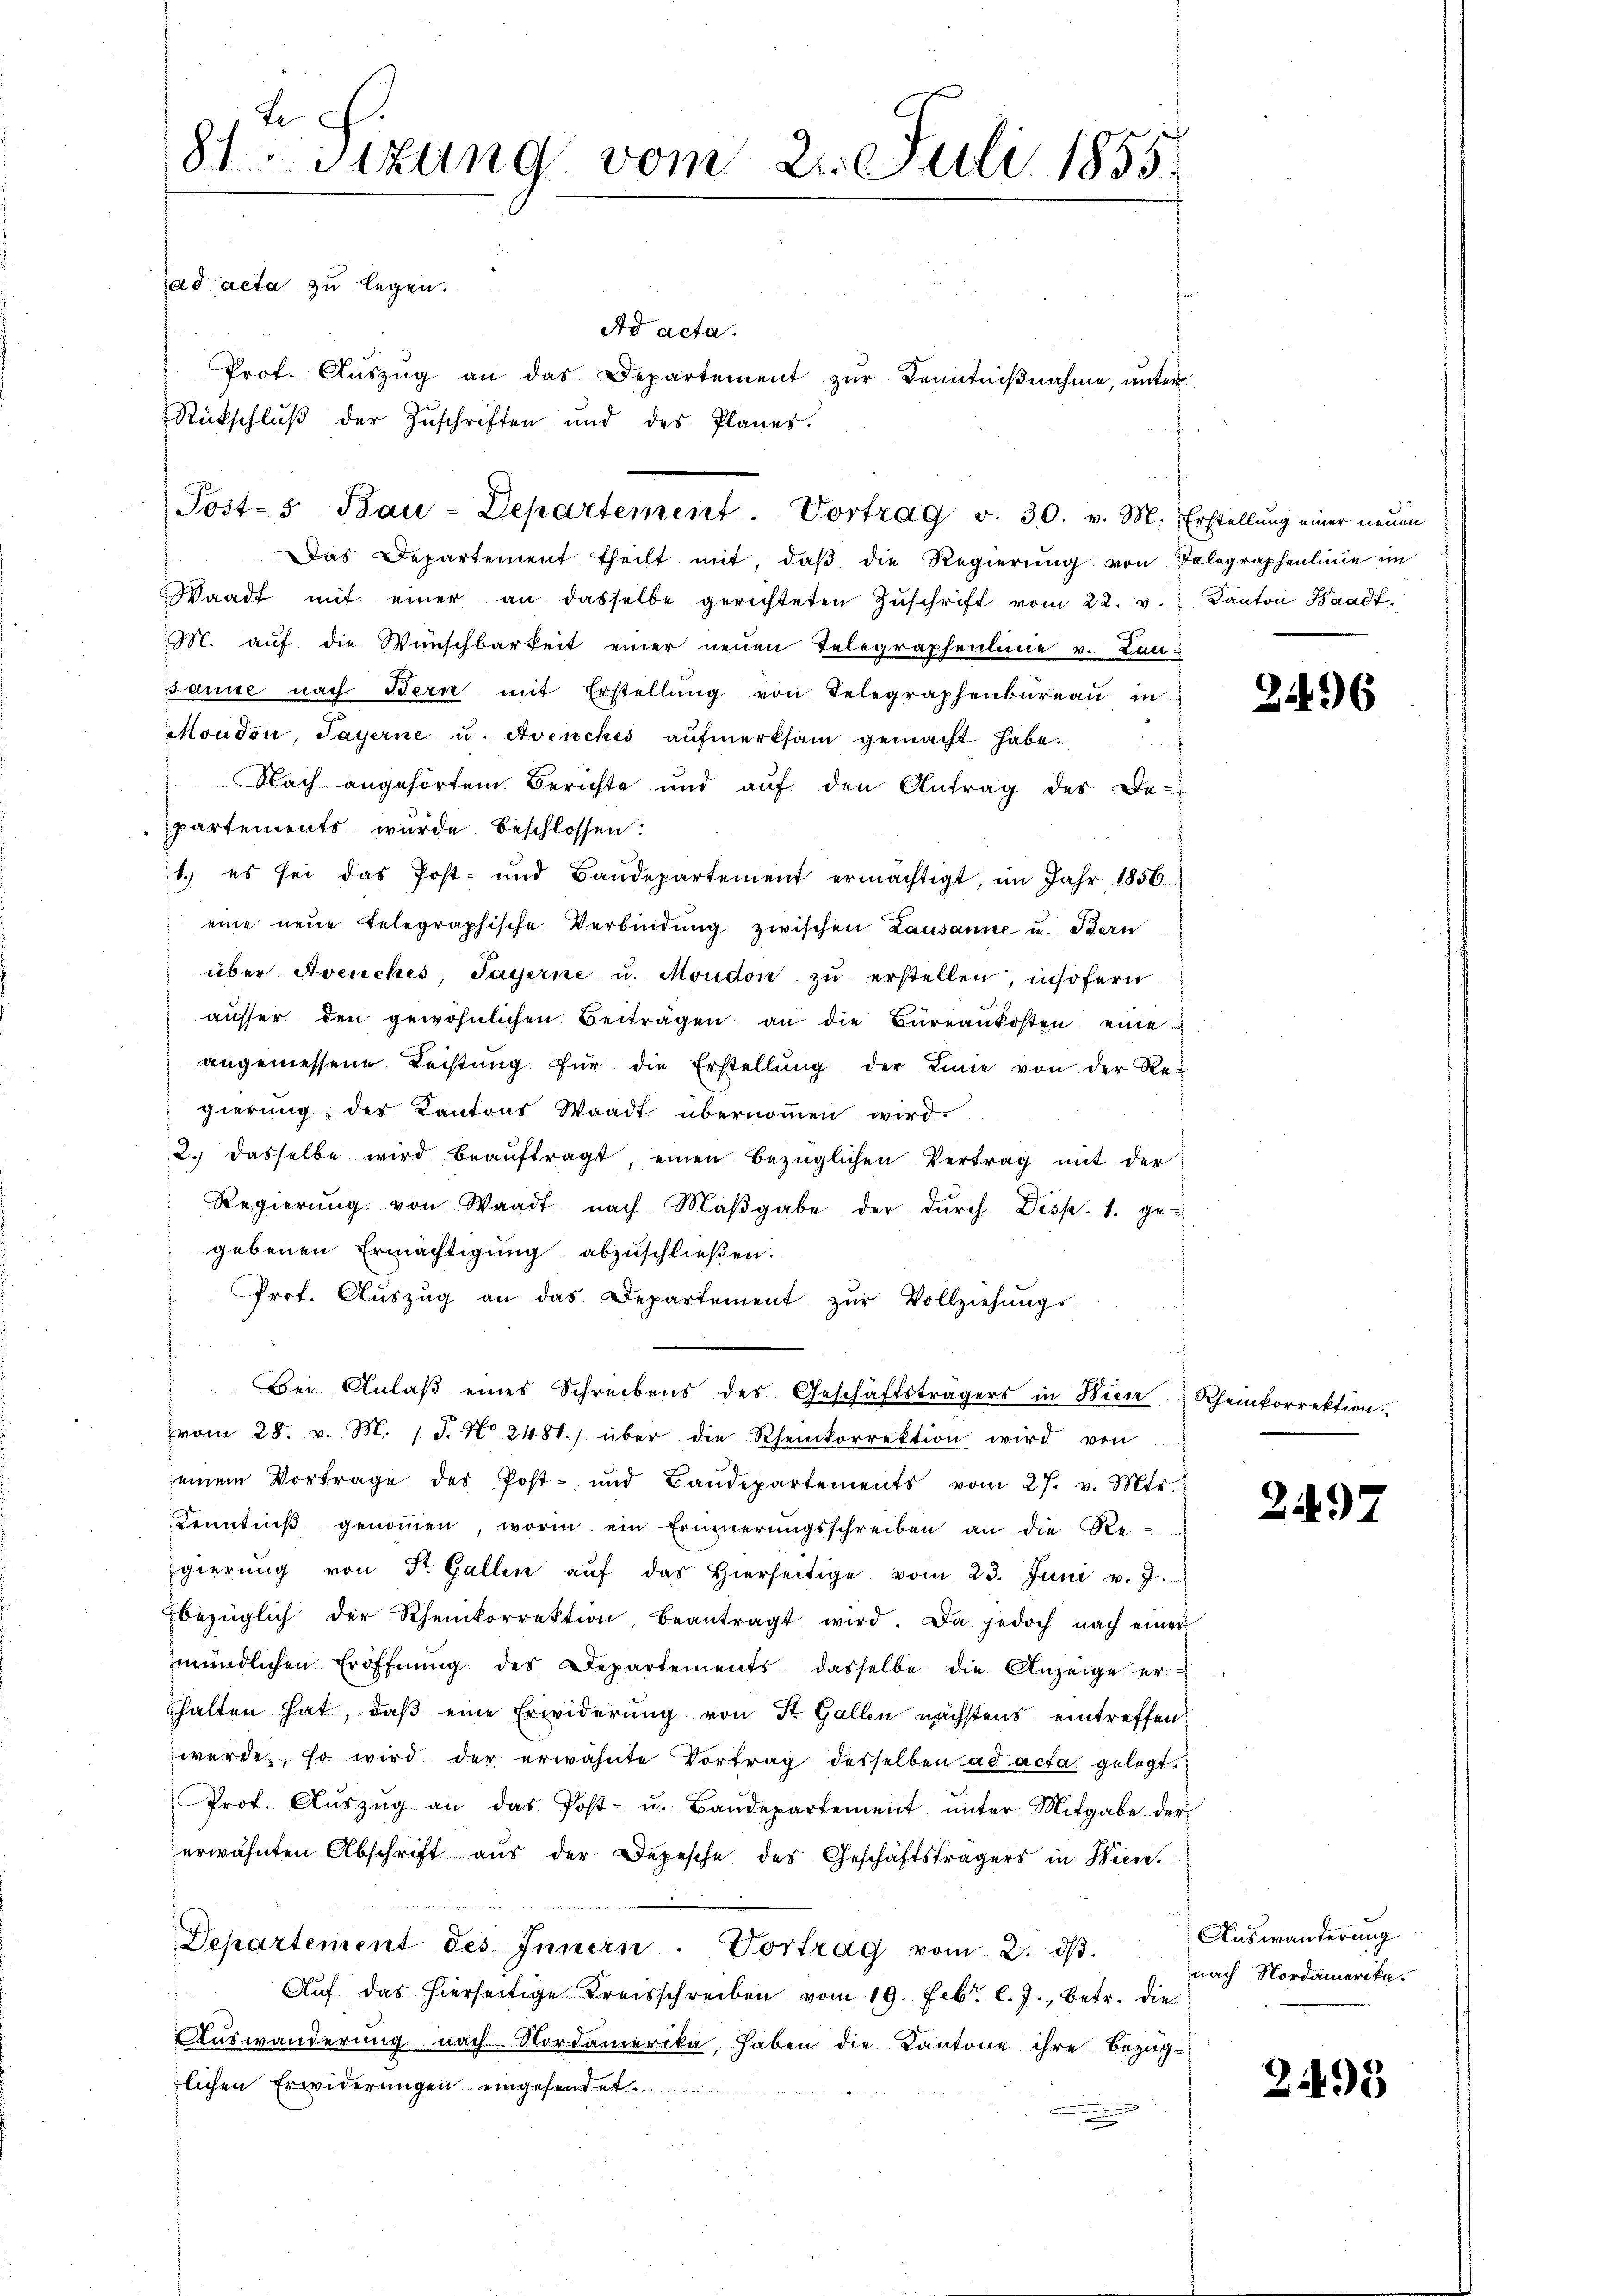
81 Sizung vom 21. Juli 1855.

ad acta zu legen.
Ad acta.
Prof. Aŭszŭg an das Departement zŭr Kenntniβnahme, unter
Rückschlŭβ der Zŭschriften und des Planes.

Post- 5. Bau-Departement. Vortrag v. 30. v. M. Erstellŭng einer neŭen

Das Departement theilt mit daβ die Regierung von Telegraphenlinie im
Waadt mit einer an dasselbe gerichteten Zŭschrift vom 22. v. Kanton Waadt,
M. aŭf die Wünschbarkeit einer neuen Telegraphenlinie v. Lansanne nach Bern mit Erstellŭng von Telegraphenbüreaŭ in
Moudon, Payerne u. Avenches aŭfmerksam gemacht habe.
Nach angehörtem Berichte und aŭf den Antrag des Be-
spartements wurde beschlossen:
1.) es sei das Post- und Baŭdepartement ermächtigt, im Jahr 1856.
eine neŭe telegraphische Verbindŭng zwischen Lausanne u. Stern
über Avenches, Payerne u. Moudon zu erstellen, insofern
aŭsser den gewöhnlichen Beiträgen an die Büreaukosten eine
angemessene Leistŭng für die Erstellŭng der Linie von der Re-
gierung des Kantons Waadt übernommen wird.
2. dasselbe wird beaŭftragt einen bezüglichen Vertrag mit der
Regierŭng von Waadt nach Maβgabe der dŭrch Disp. 1. ge
gebenen Ermächtigung abzuschließen.
n
Prof. Aŭszŭg an das Departement zŭr Vollziehŭngs-
Bei Anlaβ eines Schreibens des Geschäftsträgers in Bien Rheinkorrektion
vom 28. v. M. 1. J. No 2481.) über die Rheinkorrektion wird von
einem Vortrage des Post- und Bandepartements vom 27. v. Mts.
Kenntniβ genoṁen, worin ein Erinnerŭngsschreiben an die Re-
gierŭng von Dr. Gallen aŭf das hierseitige vom 23. Juni v. J.
bezüglich der Rheinkorrektion, beantragt wird. Da jedoch nach einer
mündlichen Eröffnŭng des Departements dasselbe die Anzeige er
bhalten hat, daß eine Erwiderung von St. Gallen nächstens eintreffen
werde, so wird der erwähnte Vortrag desselben ad acta gelegt.
Prot. Aŭszŭg an das Post- u. Baŭdepartement ŭnter Mitgabe der
erwähnten Abschrift aus der Depesche des Geschäftsträgers in Wien.
Departement des Innern. Vortrag vom 2. dβ.
Auf das hierseitige Kreisschreiben vom 19. Febr. l. J., betr. die
Auswanderung nach Nordamerika haben die Kantone ihre Bezüg-
lichen Erwiderungen eingehendet.

246

249

Auswanderung
nach Nordamerika.

2495